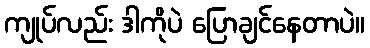
ကျုပ်လည်း ဒါကိုပဲ ပြောချင်နေတာပဲ။